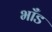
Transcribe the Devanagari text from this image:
भाँड